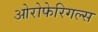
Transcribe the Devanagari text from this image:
ओरोफेरिगल्स